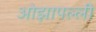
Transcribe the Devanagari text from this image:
ओझापल्ली